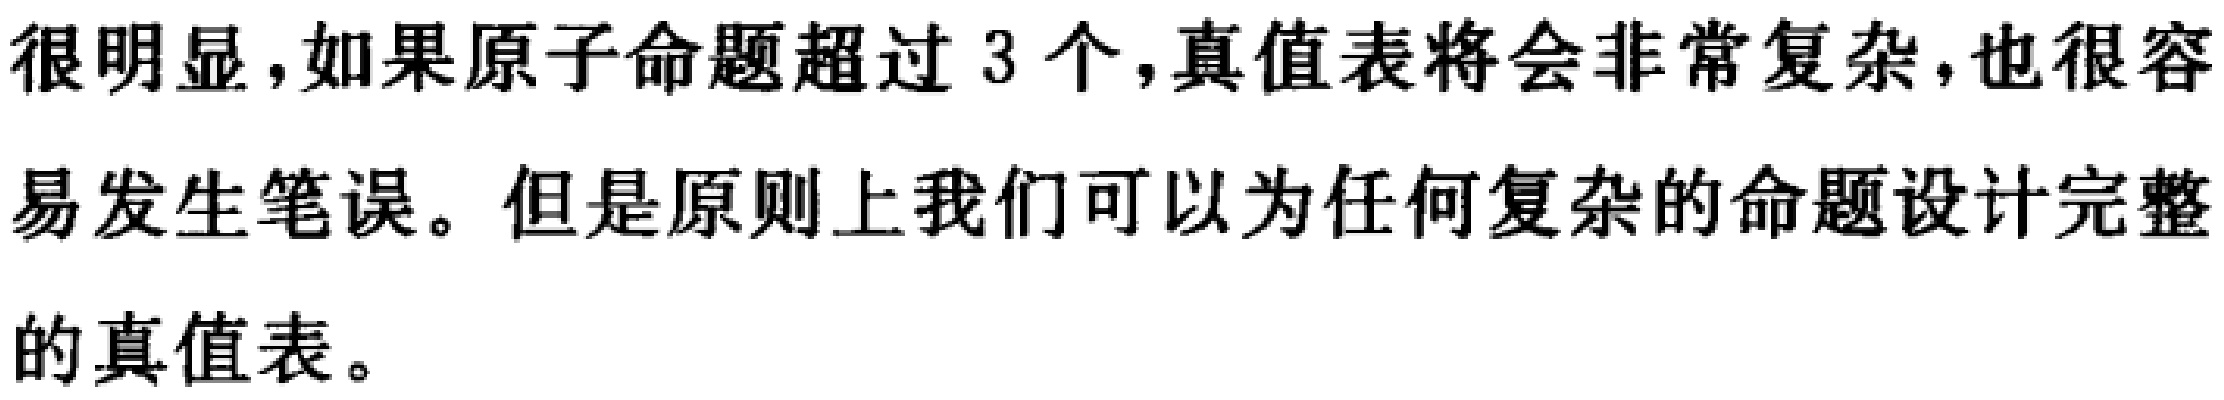
很明显，如果原子命题超过3个，真值表将会非常复杂，也很容易发生笔误。但是原则上我们可以为任何复杂的命题设计完整的真值表。